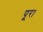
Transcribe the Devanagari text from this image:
पूर।